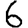
Digit: 6